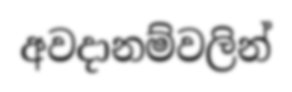
අවදානම්වලින්